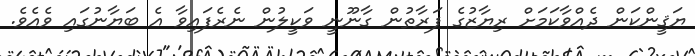
ޔަޤީންކަން ދެއްވާކަމަށް ރިޔާޒުގެ ފަރާތުން ގާނޫނީ ވަކީލުން ނެރެފައިވާ އެ ބަޔާނުގައި ވެއެވެ.